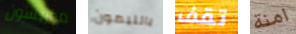
موريسون بالليمون تقف امنة